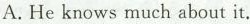
A.He knows much about it.